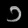
Digit: ၁